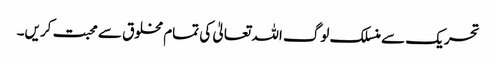
تحریک سے منسلک لوگ اللہ تعالیٰ کی تمام مخلوق سے محبت کریں۔